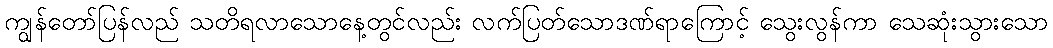
ကျွန်တော်ပြန်လည် သတိရလာသောနေ့တွင်လည်း လက်ပြတ်သောဒဏ်ရာကြောင့် သွေးလွန်ကာ သေဆုံးသွားသော